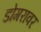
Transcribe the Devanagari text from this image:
डोगरावर